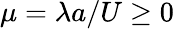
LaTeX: \mu=\lambda a/U\geq 0